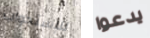
للإستجواب يدعوا